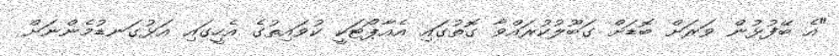
"އެ ބޭފުޅުން ވަރަށް ބޮޑަށް ގަބޫލުކުރައްވާ ގޮތުގައި އެއާޕޯޓަކީ ކުވައިތުގެ އެހީގައި އަޅުގަނޑުމެންނަށް